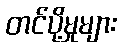
တင်ပို့မှုများ